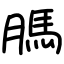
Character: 𦟐